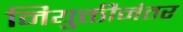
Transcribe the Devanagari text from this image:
नियुक्तीनंतर